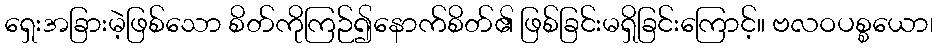
ရှေးအခြားမဲ့ဖြစ်သော စိတ်ကိုကြဉ်၍နောက်စိတ်၏ ဖြစ်ခြင်းမရှိခြင်းကြောင့်။ ဗလဝပစ္စယော၊